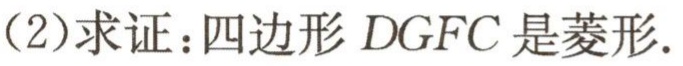
(2)求证：四边形\(DGFC\)是菱形.